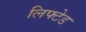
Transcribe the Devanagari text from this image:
लिफ्टेड